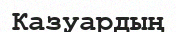
Казуардың